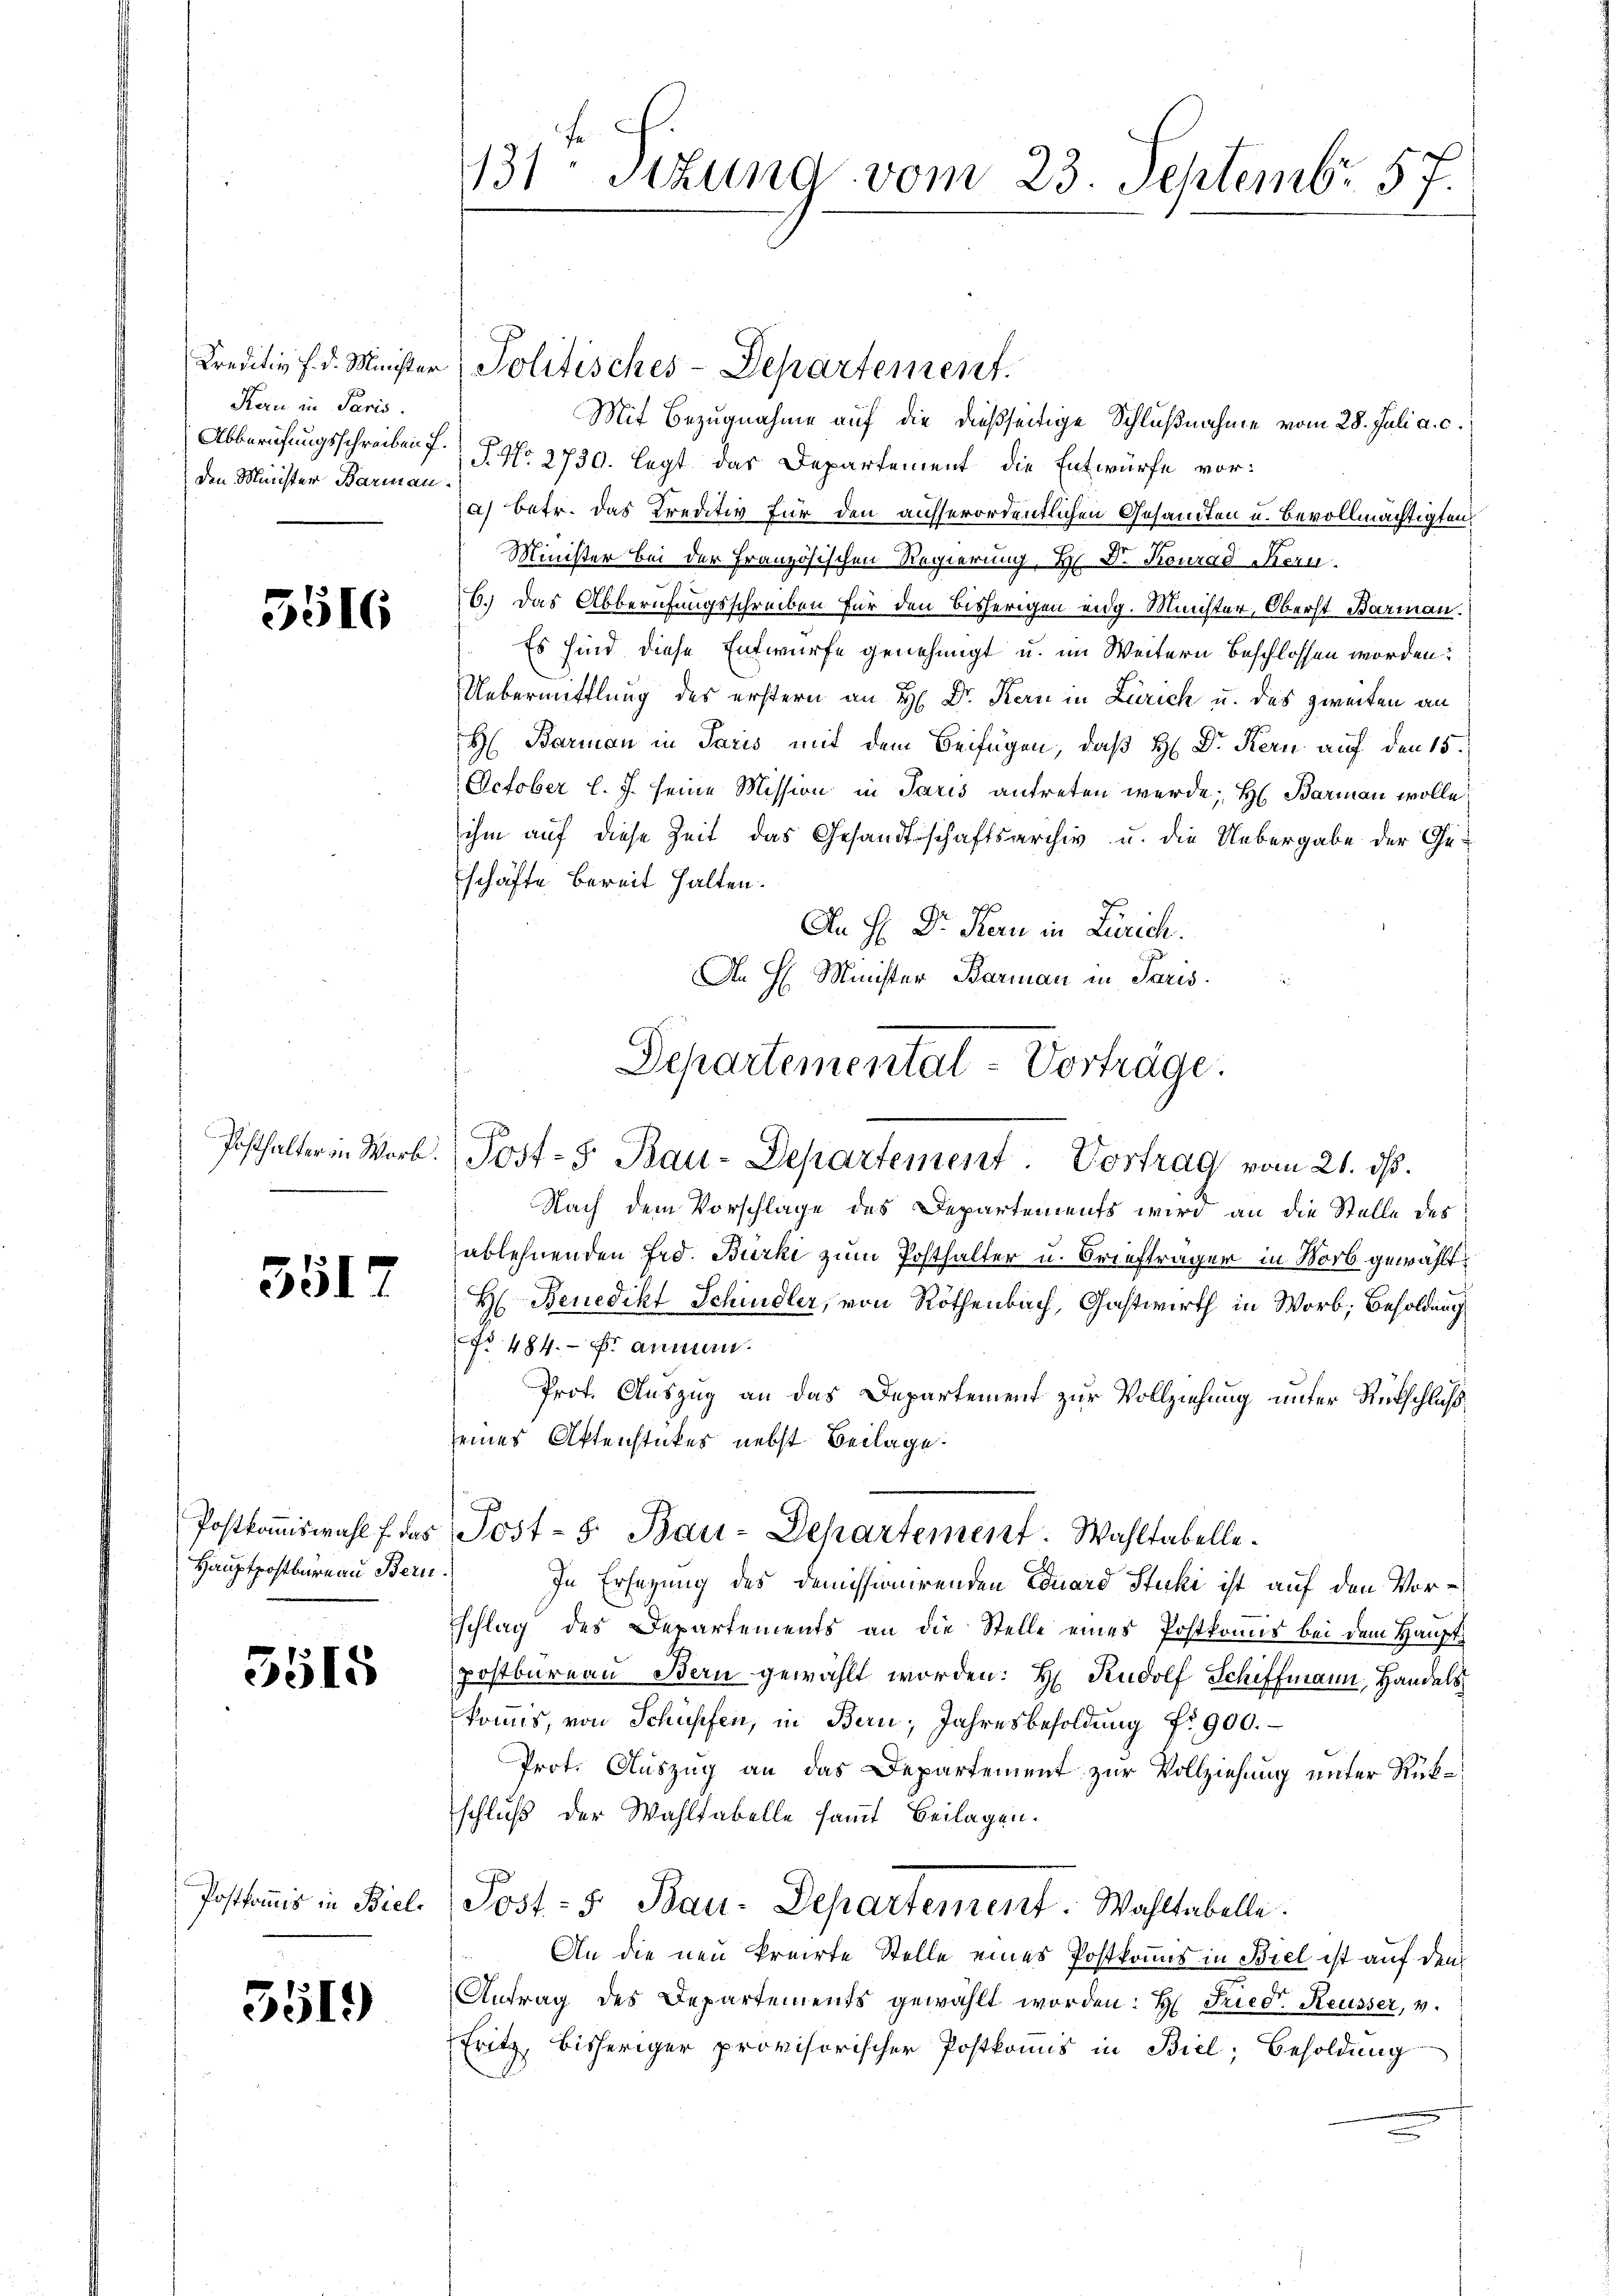
Kreditiv f. d. Minister
Kern in Paris.
Abberufungsschreiben f.
den Minister Barman

3516

3517

Postkommiswahl f. das
Hauptpostbureau Bern

3515

Postkommis in Biele

3519)

131 Sizung vom 23. Septembr. 57.

Politisches-Departement.
Mit Bezugnahme auf die dießseitige Schlußnahme vom 28. Juli a. c.
T. No. 2750. legt das Departement die Entwürfe vora) betr. das Kreditiv für den ausserordentlichen Gesandten u. Bevollmächtigten,
Minister bei der Französischen Regierung, Hr. Dr. Konrad Bern.
7
B.) Das Abberufungsschreiben für den bisherigen eidg. Minister, Oberst Barmann.
Es sind diese Entwurfe genehmigt u. im Weitern beschlossen worden:
Uebermittlung des erstern an H. Dr. Kern in Zürich u. des zweiten an
H: Barman in Paris mit dem Beifügen, daß H: Dr. Kern auf den 15.
October l. J. seine Mission in Paris antreten werde; H. Barmann wolle
ihm auf diese Zeit das Gesandtschaftsarchiv u. die Uebergabe der Geschäfte bereit halten.
An H: Dr. Kern in Zürich.
Ie H. Minister Barman in Paris.
Nach dem Vorschlage des Departements wird an die Stelle des
ablehnenden Frd. Bürki zum Posthalter u. Briefträger in Norb gewählt:
H Benedikt Schindler, von Röthenbach, Gastwirth in Worb; Besoldung
o 484. Er anman¬
Prot. Auszug an das Departement zur Vollziehung unter Rückschluß
eines Aktenstückes nebst Beilage.
Post- 5. Bau-Departement. Wahltabelle.
In Ersetzung des demissionirenden Eduard Stucki ist auf den Vorschlag des Departements an die Stelle eines Postkonis bei dem Haupt¬
Postbureau Bern gewählt worden: H. Rudolf Schiffmann, Handels
konns, von Schüssen, in Bern, Jahresbesoldung Nr. 900.
Prot. Auszug an das Departement zur Vollziehung unter Rükschluß der Wahltabelle samt Beilagen.
Post- 5. Bau-Departement. Wahltabelle.
An die neu kreiste Stelle eines Postkomms in Biel ist auf den
Antrag des Departements gewählt worden: H. Fried. Reusser, v.
Eritz, bisheriger provisorischer Postkomis in Biel, Besoldung

Departemental-Vorträge.
Posthalter in Worb. Post- 5. Bau-Departement. Vortrag vom 21. ds.